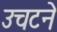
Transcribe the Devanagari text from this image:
उचटने